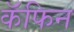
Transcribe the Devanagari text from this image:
कॅफिन